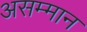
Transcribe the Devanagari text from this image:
असम्मान